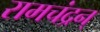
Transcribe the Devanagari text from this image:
रामचंद्रन्‌